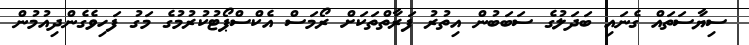
ސިޔާސަތައް ގެނައި ބަދަލުގެ ސަބަބުން އިތުރު ފަރާތްތަކަށް ރޯމަސް އެކްސްޕޯޓުކުރުމުގެ މަގު ފަހިވެގެންދިއުމުން